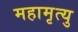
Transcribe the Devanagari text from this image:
महामृत्यु